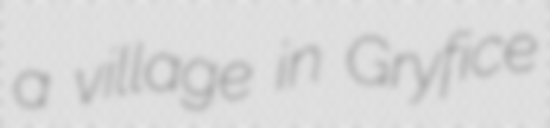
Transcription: a village in Gryfice